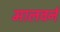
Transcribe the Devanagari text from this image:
मालवर्न